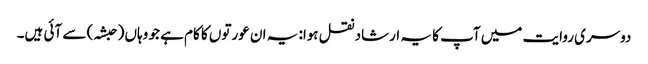
دوسری روایت میں آپ کا یہ ارشاد نقل ہوا: یہ ان عورتوں کا کام ہے جو وہاں (حبشہ) سے آئی ہیں۔